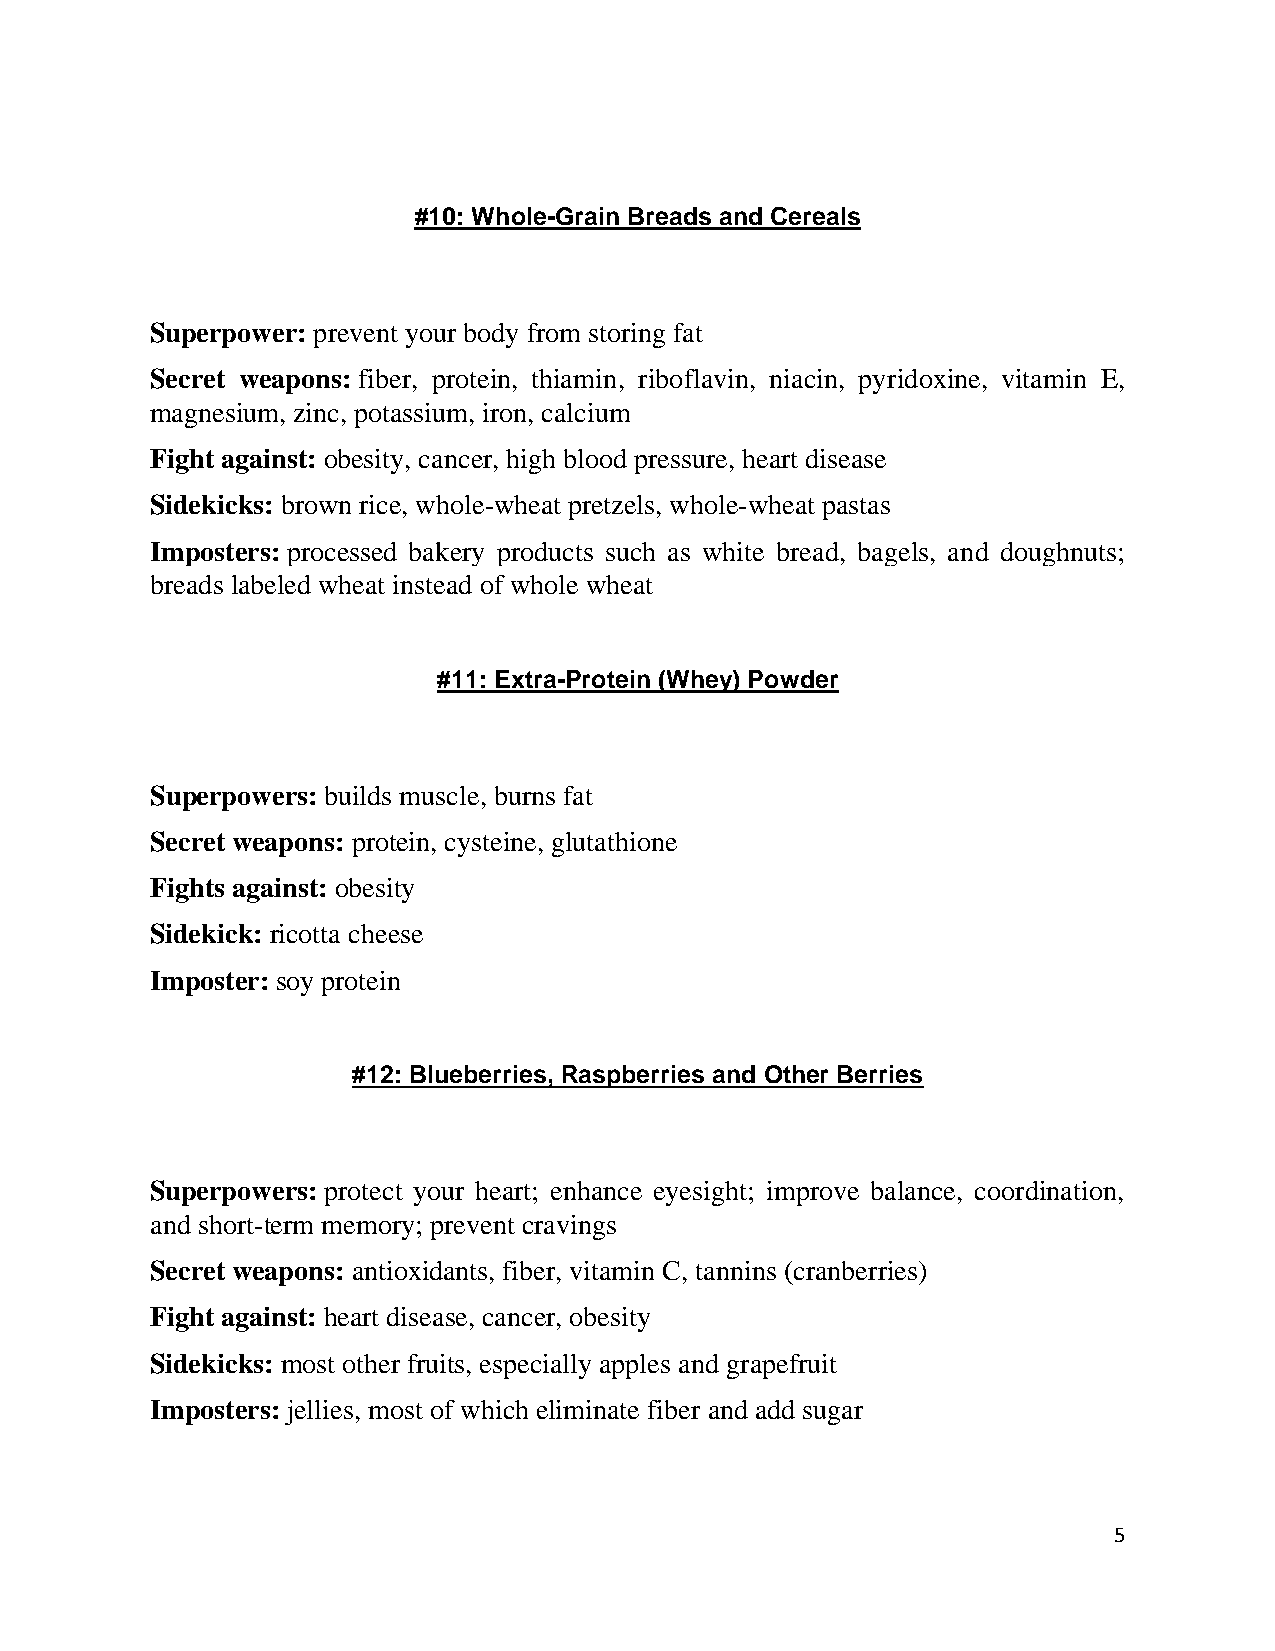
#10: Whole-Grain Breads and Cereals
 Superpower: prevent your body from storing fat
 Secret weapons: fiber, protein, thiamin, riboflavin, niacin, pyridoxine, vitamin E,
 magnesium, zinc, potassium, iron, calcium
 Fight against: obesity, cancer, high blood pressure, heart disease
 Sidekicks: brown rice, whole-wheat pretzels, whole-wheat pastas
 Imposters: processed bakery products such as white bread, bagels, and doughnuts;
 breads labeled wheat instead of whole wheat
 #11: Extra-Protein (Whey) Powder
 Superpowers: builds muscle, burns fat
 Secret weapons: protein, cysteine, glutathione
 Fights against: obesity
 Sidekick: ricotta cheese
 Imposter: soy protein
 #12: Blueberries, Raspberries and Other Berries
 Superpowers: protect your heart; enhance eyesight; improve balance, coordination,
 and short-term memory; prevent cravings
 Secret weapons: antioxidants, fiber, vitamin C, tannins (cranberries)
 Fight against: heart disease, cancer, obesity
 Sidekicks: most other fruits, especially apples and grapefruit
 Imposters: jellies, most of which eliminate fiber and add sugar
 5